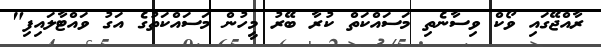
ރާއްޖޭގައި ވޯކް ވިސާނެތި މަސައްކަތް ކުރާ ބޭރު މީހުން މަސައްކަތުގެ އަގު ވައްޓާލައިފި"